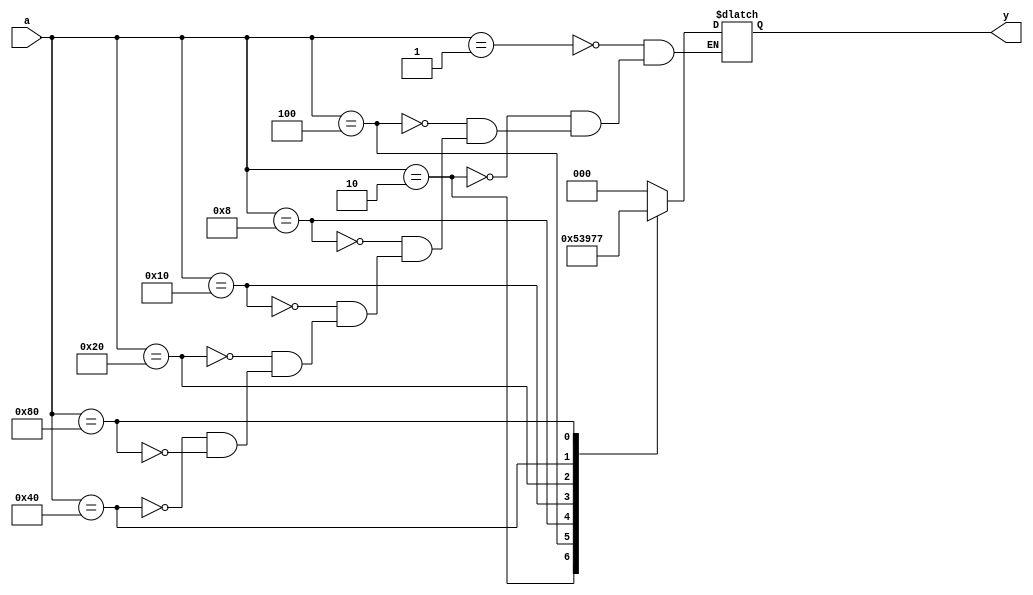
module encoder8x3(
	input [7:0] a,
	output reg [2:0] y
);

always@(*) begin
	case(a)
		8'b00000001 : y = 3'b000;
		8'b00000010 : y = 3'b001;
		8'b00000100 : y = 3'b010;
		8'b00001000 : y = 3'b011;
		8'b00010000 : y = 3'b100;
		8'b00100000 : y = 3'b101;
		8'b01000000 : y = 3'b110;
		8'b10000000 : y = 3'b111;
	endcase
end

endmodule